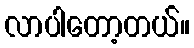
လာပါတော့တယ်။